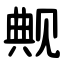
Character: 觍